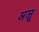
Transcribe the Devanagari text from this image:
अजु